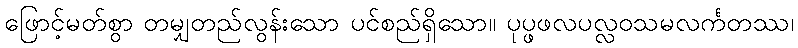
ဖြောင့်မတ်စွာ တမျှတည်လွန်းသော ပင်စည်ရှိသော။ ပုပ္ဖဖလပလ္လဝသမလင်္ကတဿ၊